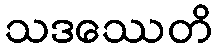
သဒဿေတိ